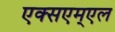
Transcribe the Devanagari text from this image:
एक्सएम्एल